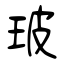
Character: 玻